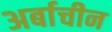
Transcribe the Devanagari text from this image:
अर्बाचीन